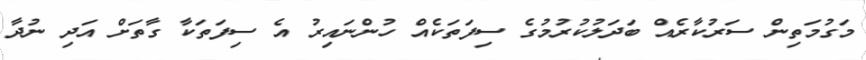
މަގުމަތިން ސަރުކާރެއް ބަދަލުކުރުމުގެ ސިފަތަކެއް ހުންނައިރު އެ ސިފަތަކާ ގާތަށް އަދި ނުދާ